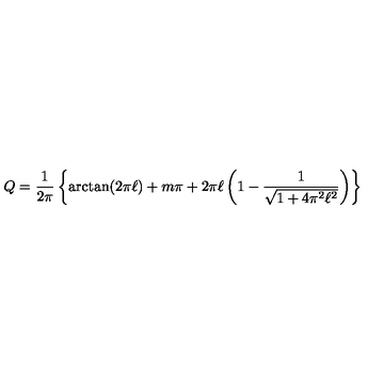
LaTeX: Q = \frac { 1 } { 2 \pi } \left\{ { \arctan } ( 2 { \pi } { \ell } ) + m \pi + 2 { \pi } { \ell } \left( 1 - \frac { 1 } { \sqrt { 1 + 4 { \pi } ^ { 2 } { \ell } ^ { 2 } } } \right) \right\}